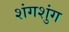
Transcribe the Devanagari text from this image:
शंगशुंग